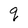
Character: q